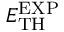
E _ { \mathrm { T H } } ^ { \mathrm { E X P } }